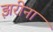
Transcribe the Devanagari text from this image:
झरीना